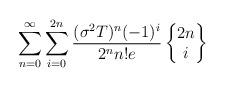
LaTeX: \begin{align*}\sum_{n=0}^{\infty}\sum_{i=0}^{2n}\frac{(\sigma ^{2}T)^{n}(-1)^{i}}{2^nn!e}\begin{Bmatrix}2n \\i\end{Bmatrix}\end{align*}